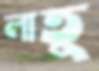
লাতু